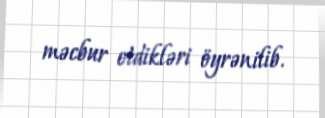
məcbur etdikləri öyrənilib.